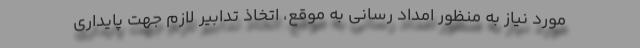
مورد نیاز به منظور امداد رسانی به موقع، اتخاذ تدابیر لازم جهت پایداری